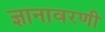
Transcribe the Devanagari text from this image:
ज्ञानावरणी